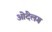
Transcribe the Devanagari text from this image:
ओंदेलग